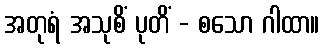
အတုရံ အသုစိံ ပုတိံ - စသော ဂါထာ။